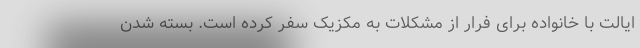
ایالت با خانواده برای فرار از مشکلات به مکزیک سفر کرده است. بسته شدن